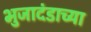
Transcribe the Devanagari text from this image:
भुजादंडाच्या